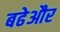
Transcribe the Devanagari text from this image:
बढेऔर